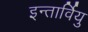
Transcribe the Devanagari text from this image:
इन्तार्वियु